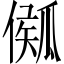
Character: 𤬈